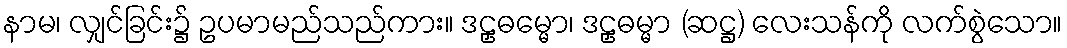
နာမ၊ လျှင်ခြင်း၌ ဥပမာမည်သည်ကား။ ဒဠှဓမ္မော၊ ဒဠှဓမ္မာ (ဆဋ္ဌ) လေးသန်ကို လက်စွဲသော။